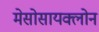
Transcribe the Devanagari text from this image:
मेसोसायक्लोन